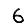
Digit: 6